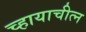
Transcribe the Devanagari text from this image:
च्हायाचीत्न